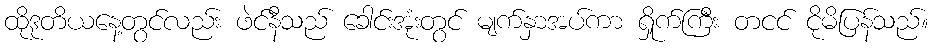
ထိုဒုတိယနေ့တွင်လည်း ဖဲင်နီသည် ခေါင်းအုံးတွင် မျက်နှာအပ်ကာ ရှိုက်ကြီး တငင် ငိုမိပြန်သည်။